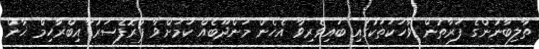
ތާލިބާނުންގެ ފަރާތުން ވާހަކަތަކުގައި ބައިވެރިވާ އެހެން މަންދޫބެއް ކަމަށްވާ ޕްރޮފެސަރު ާއިބްރާހިމް ޚާން